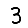
Digit: 3